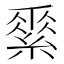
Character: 𦃃